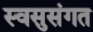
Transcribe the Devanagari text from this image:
स्वसुसंगत